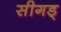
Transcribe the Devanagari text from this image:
सीगड्